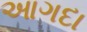
આગદા